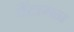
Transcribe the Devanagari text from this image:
पैंटागन